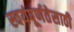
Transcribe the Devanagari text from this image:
स्वयंपूर्णतेसाठी